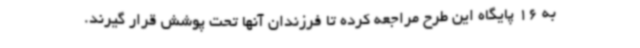
به 16 پایگاه این طرح مراجعه کرده تا فرزندان آنها تحت پوشش قرار گیرند.